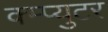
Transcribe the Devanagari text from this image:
क्म्प्युटर